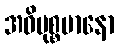
အဓိမုစ္စမာနော